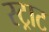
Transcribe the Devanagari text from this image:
स्ट्राट